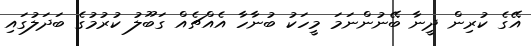
އޭގެ ކުރިން ދީނާ ބޭނުންނަމަ މީހަކު ބުނާހާ އެއްޗެއް ގަބޫލު ކުރުމުގެ ބަދަލުގައި